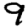
Digit: 9